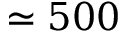
\simeq 5 0 0